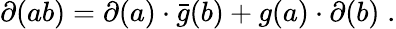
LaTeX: \partial(ab)=\partial(a)\cdot\bar{g}(b)+g(a)\cdot\partial(b)\; .